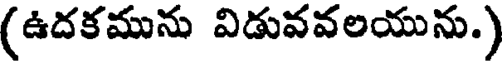
(ఉదకమును విడువవలయును.)